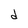
Character: d